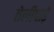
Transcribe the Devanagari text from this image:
तेलीपाड़े